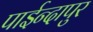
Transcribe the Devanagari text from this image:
पाईन्दापुर